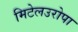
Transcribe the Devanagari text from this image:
मिटेलउरोपा